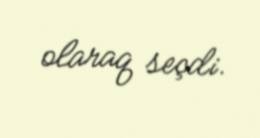
olaraq seçdi.